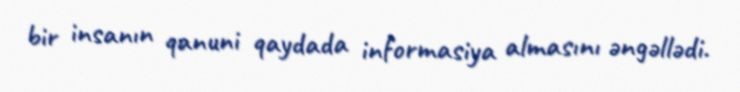
bir insanın qanuni qaydada informasiya almasını əngəllədi.